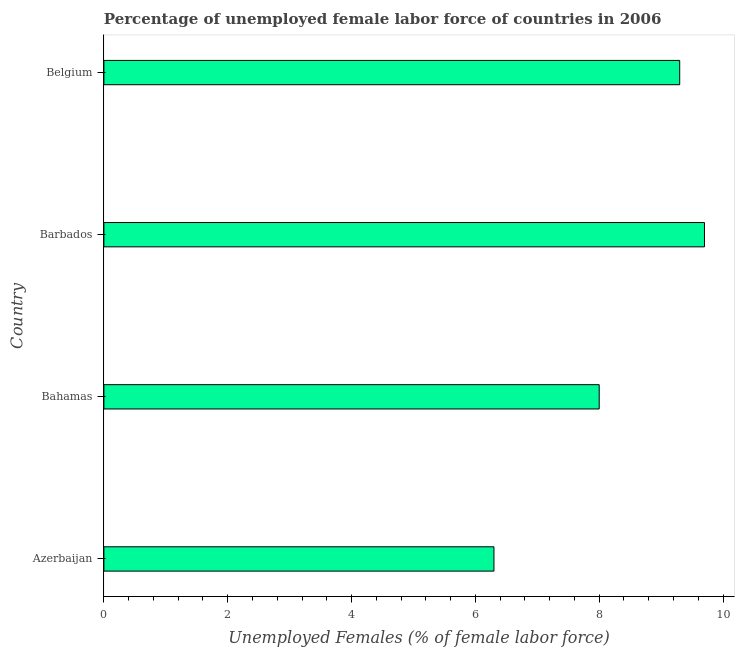
| Country | Unemployment female |
 | --- | --- |
 | Azerbaijan | 6.3 |
 | Bahamas | 8 |
 | Barbados | 9.7 |
 | Belgium | 9.3 |